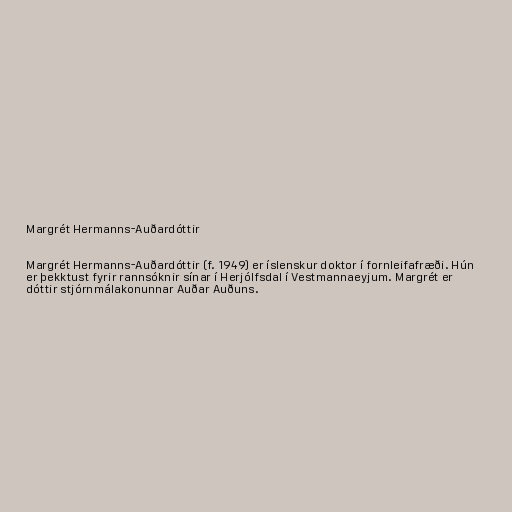
Margrét Hermanns-Auðardóttir

Margrét Hermanns-Auðardóttir (f. 1949) er íslenskur doktor í fornleifafræði. Hún
er þekktust fyrir rannsóknir sínar í Herjólfsdal í Vestmannaeyjum. Margrét er
dóttir stjórnmálakonunnar Auðar Auðuns.